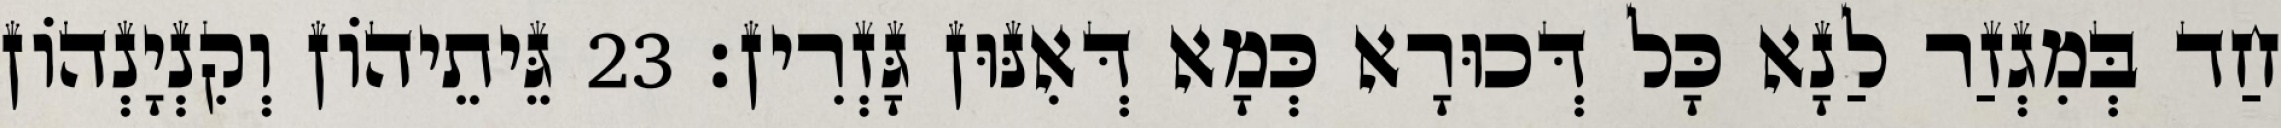
חַד בְּמִגְזַר לַנָא כָּל דְּכוּרָא כְּמָא דְּאִנּוּן גָּזְרִין׃ 23 גֵּיתֵיהוֹן וְקִנְיָנְהוֹן